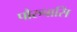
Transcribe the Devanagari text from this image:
पौरुषासि